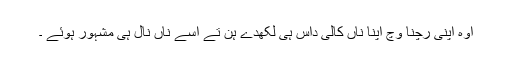
اوہ اپنی رچنا وچ اپنا ناں کالی داس ہی لکھدے ہن تے اسے ناں نال ہی مشہور ہوئے ۔